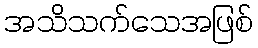
အသိသက်သေအဖြစ်